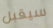
سيقبل